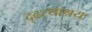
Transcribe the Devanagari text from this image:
दृढरथाश्रय